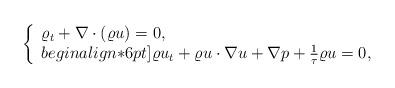
LaTeX: \begin{align*}\left\{\begin{array}{ll}\varrho_t + \nabla\cdot(\varrho u)=0, \\begin{align*}6pt]\varrho u_t + \varrho u\cdot\nabla u +\nabla p + \frac{1}{\tau} \varrho u = 0,\end{array}\right.\end{align*}